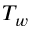
T _ { w }